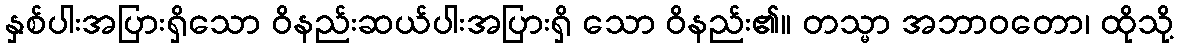
နှစ်ပါးအပြားရှိသော ဝိနည်းဆယ်ပါးအပြားရှိ သော ဝိနည်း၏။ တသ္မာ အဘာဝတော၊ ထိုသို့